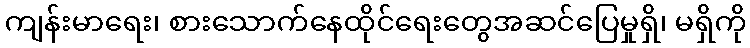
ကျန်းမာရေး၊ စားသောက်နေထိုင်ရေးတွေအဆင်ပြေမှုရှိ၊ မရှိကို